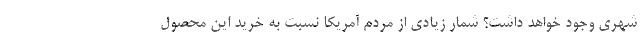
شهری وجود خواهد داشت؟ شمار زیادی از مردم آمریکا نسبت به خرید این محصول